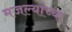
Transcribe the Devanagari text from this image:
मजल्यांच्या